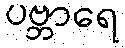
ပဗ္ဘာရေ